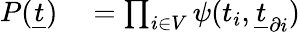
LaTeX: \begin{array}{rl}{P(\underline{{t}})}&{{}=\prod_{i\in V}\psi(t_{i},\underline{{t}}_{\partial i})}\end{array}